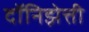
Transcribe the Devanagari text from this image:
दॉनिझेत्ती